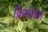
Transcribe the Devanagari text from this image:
क्रिमीआ